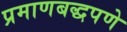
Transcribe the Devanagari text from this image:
प्रमाणबद्धपणे